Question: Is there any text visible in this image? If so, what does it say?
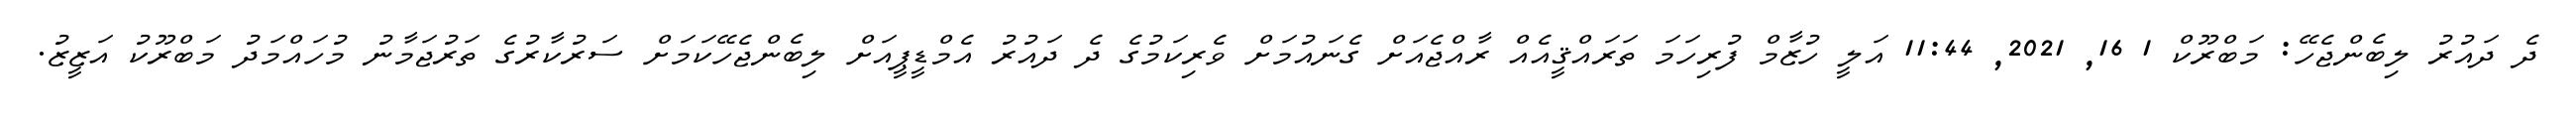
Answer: ދެ ދައުރު ލިބެންޖެހޭ: މަބްރޫކް 1 16, 2021, 11:44 އަލީ ހުޒާމް ފުރިހަމަ ތަރައްޤީއެއް ރާއްޖެއަށް ގެނައުމަށް ވެރިކަމުގެ ދެ ދައުރު އެމްޑީޕީއަށް ލިބެންޖެހޭކަމަށް ސަރުކާރުގެ ތަރުޖަމާނު މުހައްމަދު މަބްރޫކު އަޒީޒު.